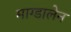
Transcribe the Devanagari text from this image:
माग्डालेन